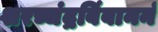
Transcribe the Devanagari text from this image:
शरच्चंद्रबिंबाननं